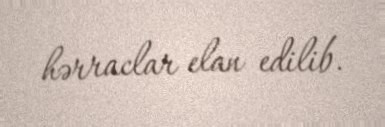
hərraclar elan edilib.